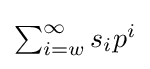
{\textstyle \sum _{i=w}^{\infty }s_{i}p^{i}}